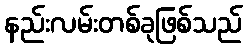
နည်းလမ်းတစ်ခုဖြစ်သည်